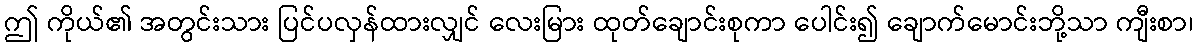
ဤ ကိုယ်၏ အတွင်းသား ပြင်ပလှန်ထားလျှင် လေးမြား ထုတ်ချောင်းစုကာ ပေါင်း၍ ချောက်မောင်းဘို့သာ ကျီးစာ၊